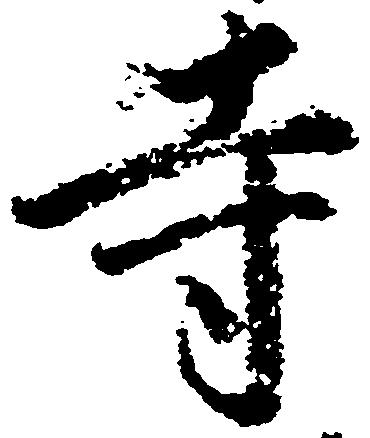
寺